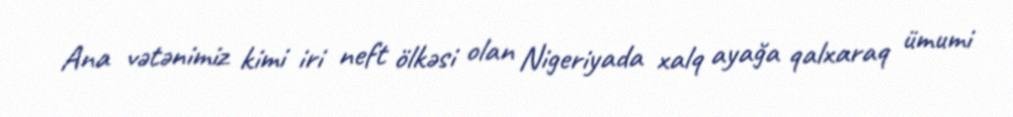
Ana vətənimiz kimi iri neft ölkəsi olan Nigeriyada xalq ayağa qalxaraq ümumi